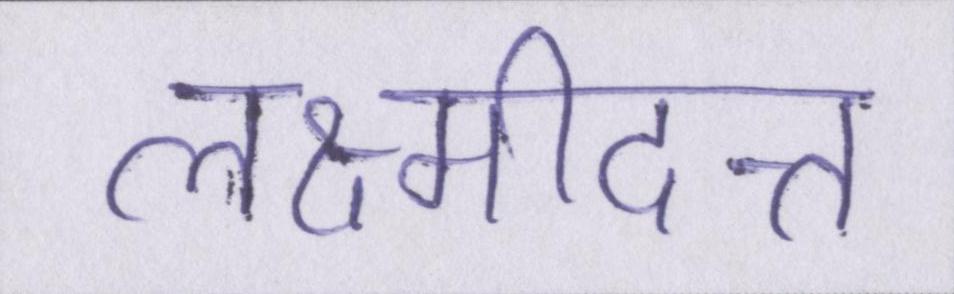
लक्ष्मीदत्त